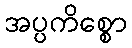
အပ္ပကိစ္စော